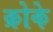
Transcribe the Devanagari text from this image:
क्रोके